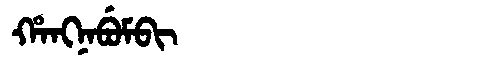
Manchu: ᡥᠠᠩᠨᠠᠪᡠᠮᠪᡳ
Romanization: HANGNABUMBI